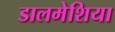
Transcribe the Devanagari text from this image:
डालमेशिया